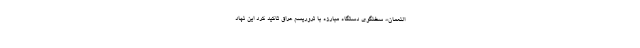
النعمان»، سخنگوی دستگاه مبارزه با تروریسم عراق تاکید کرد این نهاد